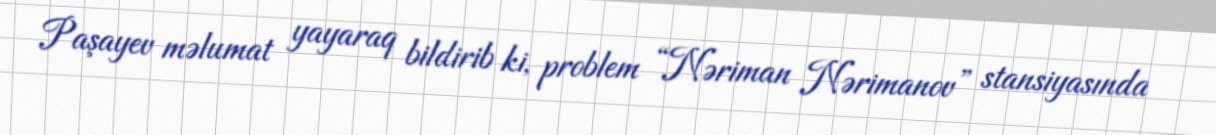
Paşayev məlumat yayaraq bildirib ki, problem “Nəriman Nərimanov” stansiyasında